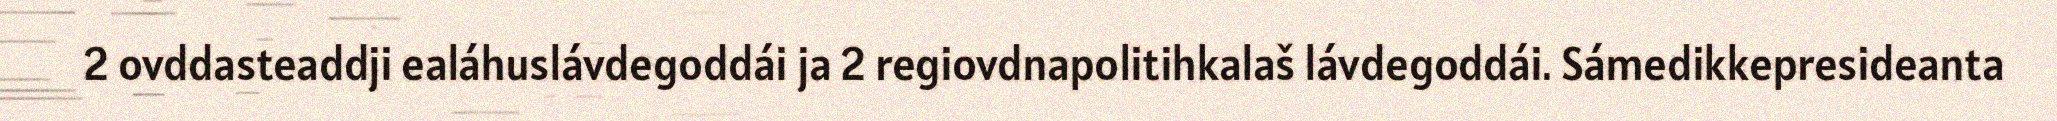
2 ovddasteaddji ealáhuslávdegoddái ja 2 regiovdnapolitihkalaš lávdegoddái. Sámedikkepresideanta